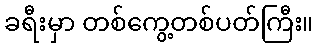
ခရီးမှာ တစ်ကွေ့တစ်ပတ်ကြီး။